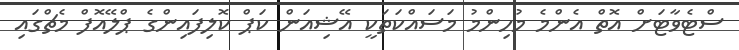
ސްޓެވާޓަށް އޮތް އެންމެ މުހިންމު މަސައްކަތަކީ އޭޝިއަން ކަޕް ކޮލިފައިންގެ ޕްލޭއޮފް މެޗްގައި